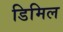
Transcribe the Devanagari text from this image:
डिमिल